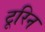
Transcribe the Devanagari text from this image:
टूरिन